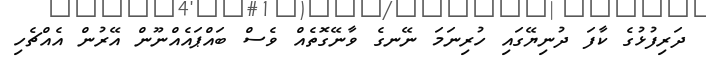
ދަރިފުޅުގެ ކާފަ ދުނިޔޭގައި ހުރިނަމަ ނޭނގެ ވާނޭގޮތެއް ވެސް ބައްޕައެއްނޫން އޭރުން އެއްޗެހި